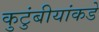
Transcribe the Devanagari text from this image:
कुटुंबीयांकडे